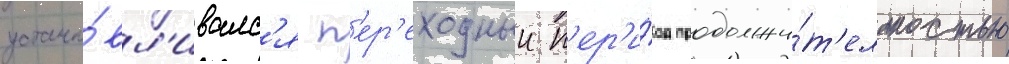
устана́вл'ивалс'я п'ер'еходныи п'ер'и́од продолжи́т'ельностью